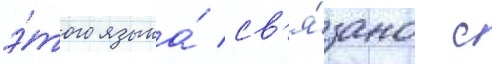
э́того языка́ св'я́зано с